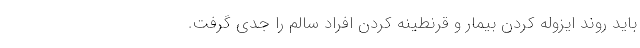
باید روند ایزوله کردن بیمار و قرنطینه کردن افراد سالم را جدی گرفت.